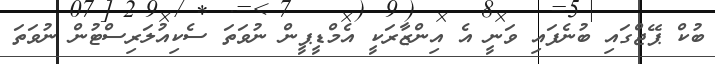
ބުކް ޕޭޖްގައި ބުނެފައި ވަނީ އެ އިންޒާރަކީ އެމްޑީޕީން ނުވަތަ ސެކިއުލަރިސްޓުން ނުވަތަ